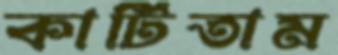
কাটিতাম